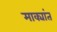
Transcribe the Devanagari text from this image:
माक्यांत